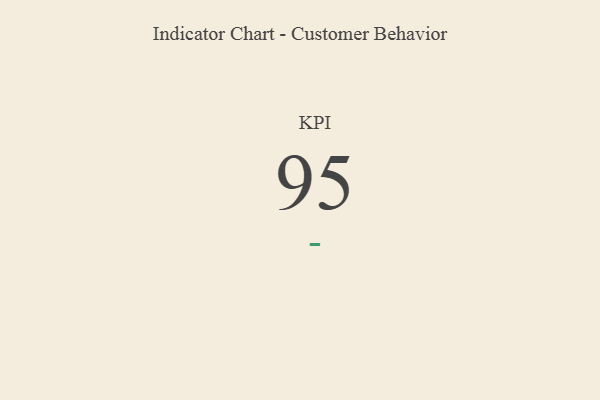
{"axis": {"x": "KPI", "y": "Value"}, "legend": [""], "data": [{"x": "KPI", "y": 95, "type": ""}]}